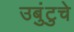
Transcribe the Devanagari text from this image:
उबुंटुचे